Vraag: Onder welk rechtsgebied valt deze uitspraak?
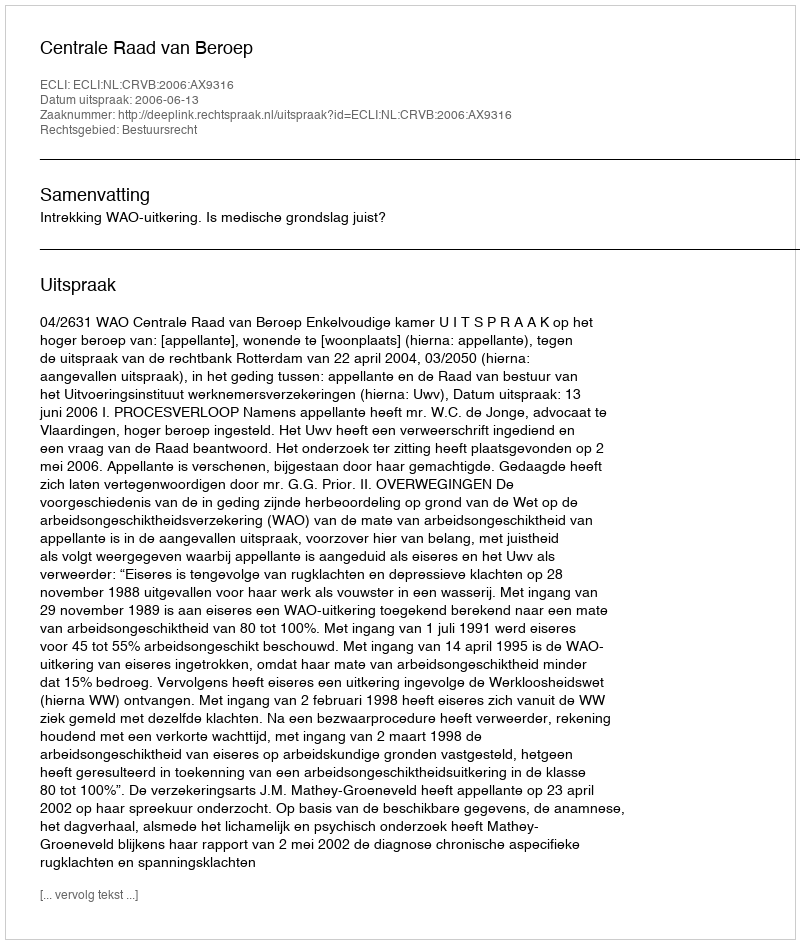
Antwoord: Bestuursrecht